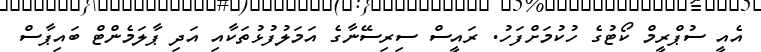
އެއީ ސުޕްރީމް ކޯޓުގެ ހުކުމަށްފަހު. ރައީސް ސިރިސޭނާގެ އަމަލުފުޅުތަކާއި އަދި ޕާލަމެންޓް ބައިޕާސް